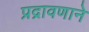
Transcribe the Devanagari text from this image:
प्रद्रावणाने